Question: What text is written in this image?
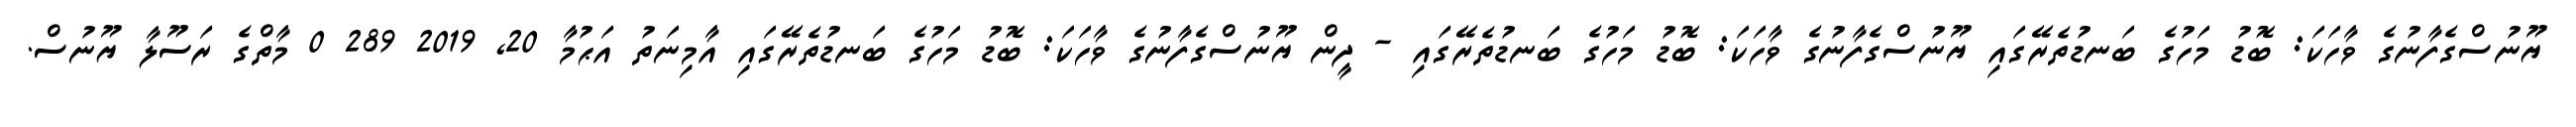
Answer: ޔޫނުސްގެފާނުގެ ވާހަކަ: ބޮޑު މަހުގެ ބަނޑުތެރޭގައި ޔޫނުސްގެފާނުގެ ވާހަކަ: ބޮޑު މަހުގެ ބަނޑުތެރޭގައި - ދީން ޔޫނުސްގެފާނުގެ ވާހަކަ: ބޮޑު މަހުގެ ބަނޑުތެރޭގައި އާމިނަތު އަޙުމާ 20, 2019 289 0 މާތްގެ ރަސޫލާ ޔޫނުސް.